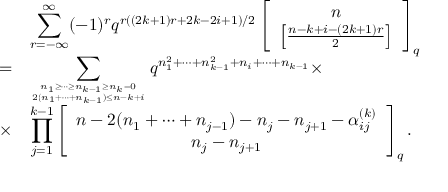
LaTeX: \begin{array} { c l } { { } } & { { \displaystyle \sum _ { r = - \infty } ^ { \infty } ( - 1 ) ^ { r } q ^ { r ( ( 2 k + 1 ) r + 2 k - 2 i + 1 ) / 2 } \left[ \begin{array} { c } { { n } } \\ { { \left[ \frac { n - k + i - ( 2 k + 1 ) r } { 2 } \right] } } \end{array} \right] _ { q } } } \\ { { = } } & { { \displaystyle \sum _ { { n _ { 1 } \geq \cdots \geq n _ { k - 1 } \geq n _ { k } = 0 } \atop { 2 ( n _ { 1 } + \cdots + n _ { k - 1 } ) \leq n - k + i } } q ^ { n _ { 1 } ^ { 2 } + \cdots + n _ { k - 1 } ^ { 2 } + n _ { i } + \cdots + n _ { k - 1 } } \times } } \\ { { \times } } & { { \displaystyle \prod _ { j = 1 } ^ { k - 1 } \left[ \begin{array} { c } { { n - 2 ( n _ { 1 } + \cdots + n _ { j - 1 } ) - n _ { j } - n _ { j + 1 } - \alpha _ { i j } ^ { ( k ) } } } \\ { { n _ { j } - n _ { j + 1 } } } \end{array} \right] _ { q } . } } \end{array}